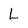
Character: L